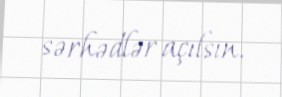
sərhədlər açılsın.